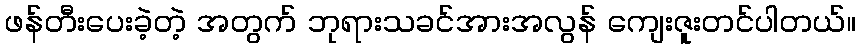
ဖန်တီးပေးခဲ့တဲ့ အတွက် ဘုရားသခင်အားအလွန် ကျေးဇူးတင်ပါတယ်။